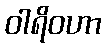
ဝါရိဝဟာ